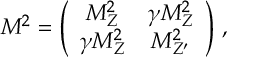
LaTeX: { \cal M } ^ { 2 } = \left( \begin{array} { c c } { { M _ { Z } ^ { 2 } } } & { { \gamma M _ { Z } ^ { 2 } } } \\ { { \gamma M _ { Z } ^ { 2 } } } & { { M _ { Z ^ { \prime } } ^ { 2 } } } \end{array} \right) \, ,